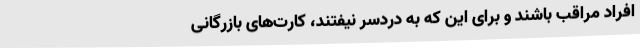
افراد مراقب باشند و برای این که به دردسر نیفتند، کارت‌های بازرگانی